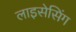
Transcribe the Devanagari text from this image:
लाइसेसिंग